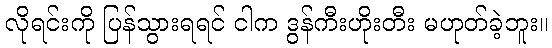
လိုရင်းကို ပြန်သွားရရင် ငါက ဒွန်ကီးဟိုးတီး မဟုတ်ခဲ့ဘူး။